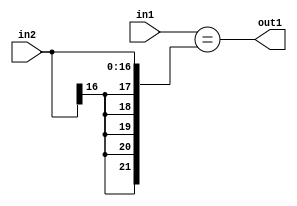
`timescale 1ps / 1ps
/*****************************************************************************
    Verilog RTL Description
    
    
    Created by: Stratus DpOpt 2019.1.01 
*******************************************************************************/

module st_weight_addr_gen_Equal_17Sx16U_1U_4_1 (
	in2,
	in1,
	out1
	); /* architecture "behavioural" */ 
input [16:0] in2;
input [15:0] in1;
output  out1;
wire  asc001;

assign asc001 = (in1=={{5{in2[16]}}, in2});

assign out1 = asc001;
endmodule

/* CADENCE  ubPyTg4= : u9/ySgnWtBlWxVPRXgAZ4Og= ** DO NOT EDIT THIS LINE ******/